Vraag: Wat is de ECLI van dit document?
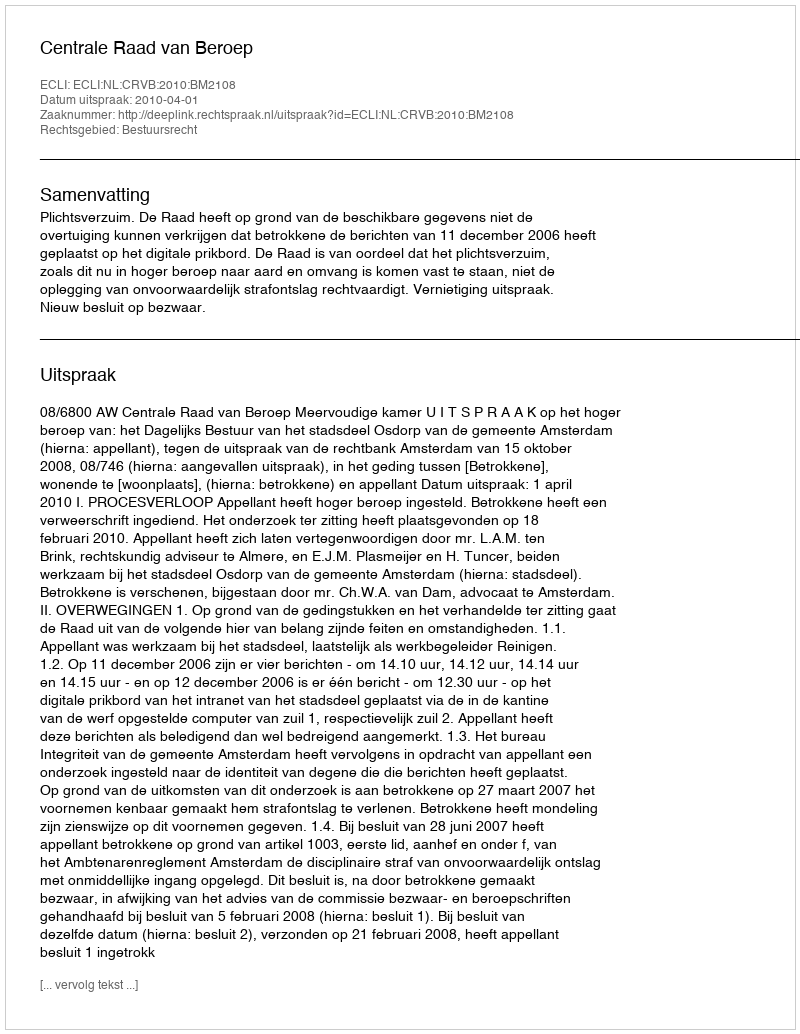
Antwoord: ECLI:NL:CRVB:2010:BM2108